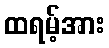
ထရမ့်အား